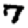
Digit: 7